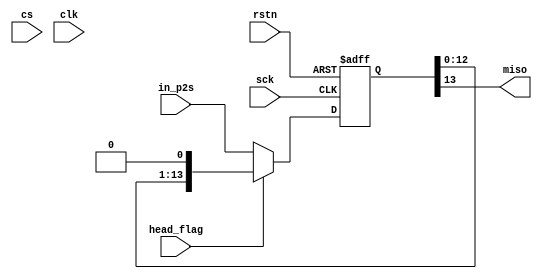
`timescale 1ns/1ps
module p2s (sck, cs, rstn, clk,in_p2s, head_flag,miso);
input sck, cs, rstn, clk,head_flag;
input[13:0] in_p2s;
output  miso;
reg [13:0]reff_temp;







always@(negedge sck or negedge rstn)
	begin
	
		if(rstn==1'b0)
		reff_temp <= #2 14'd0;
		else if(head_flag==1'b0)
		reff_temp[13:0] <= #2 in_p2s[13:0];
		else
		reff_temp[13:0] <= #2 {reff_temp[12:0],1'd0};
	end
assign miso = reff_temp[13];
/*
always@(negedge sck or negedge rstn)	
	begin
		if (rstn == 1'b0)
			miso <= #2 1'd0;
		else if (head_flag == 1'b0)
			miso <= #2 1'd0;
		else
			miso <= #2 reff_temp[0];
	end
*/
endmodule